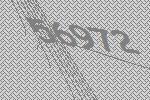
56972